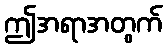
ဤအရာအတွက်